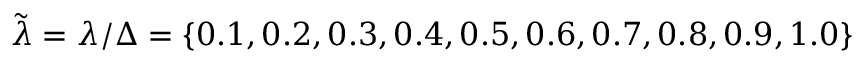
\tilde { \lambda } = \lambda / \Delta = \{ 0 . 1 , 0 . 2 , 0 . 3 , 0 . 4 , 0 . 5 , 0 . 6 , 0 . 7 , 0 . 8 , 0 . 9 , 1 . 0 \}